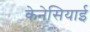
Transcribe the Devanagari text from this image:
केनेसियाई